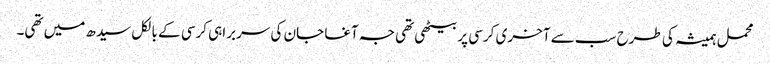
محمل ہمیشہ کی طرح سب سے آخری کرسی پر بیٹھی تھی جہ آغا جان کی سربراہی کرسی کے بالکل سیدھ میں تھی۔